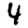
Digit: 4